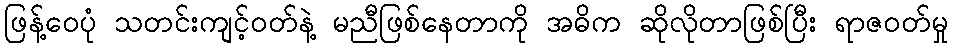
ဖြန့်ဝေပုံ သတင်းကျင့်ဝတ်နဲ့ မညီဖြစ်နေတာကို အဓိက ဆိုလိုတာဖြစ်ပြီး ရာဇဝတ်မှု